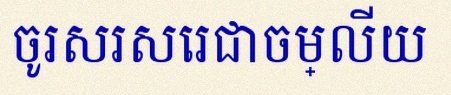
ចូរសរសេរជាចម្លើយ